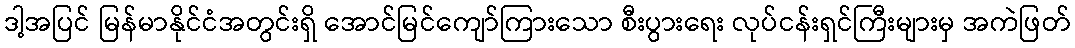
ဒါ့အပြင် မြန်မာနိုင်ငံအတွင်းရှိ အောင်မြင်ကျော်ကြားသော စီးပွားရေး လုပ်ငန်းရှင်ကြီးများမှ အကဲဖြတ်